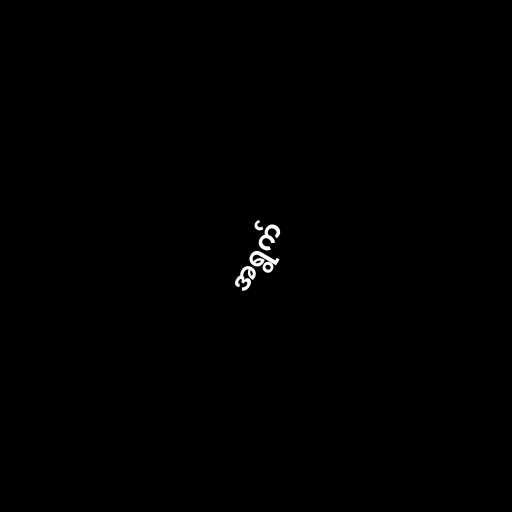
အရွက်